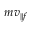
m v _ { \parallel f }